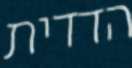
הדדית